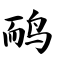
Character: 鸸